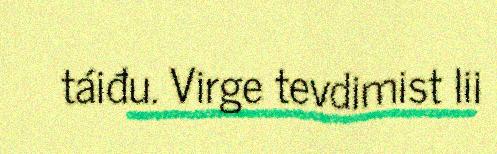
táiđu. Virge tevdimist lii